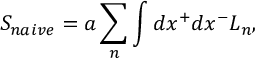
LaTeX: S _ { n a i v e } = a \sum _ { n } \int d x ^ { + } d x ^ { - } { \cal L } _ { n } ,